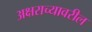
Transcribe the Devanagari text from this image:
अक्षराच्यावरील